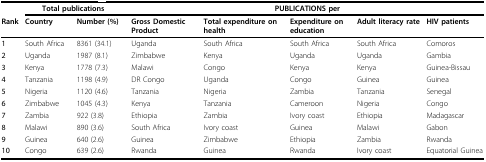
<table><thead><tr><td></td><td colspan="2"><b>Total publications</b></td><td colspan="5"><b>PUBLICATIONS per</b></td></tr><tr><td><b>Rank</b></td><td><b>Country</b></td><td><b>Number (%)</b></td><td><b>Gross Domestic Product</b></td><td><b>Total expenditure on health</b></td><td><b>Expenditure on education</b></td><td><b>Adult literacy rate</b></td><td><b>HIV patients</b></td></tr></thead><tbody><tr><td><b>1</b></td><td>South Africa</td><td>8361 (34.1)</td><td>Uganda</td><td>South Africa</td><td>South Africa</td><td>South Africa</td><td>Comoros</td></tr><tr><td><b>2</b></td><td>Uganda</td><td>1987 (8.1)</td><td>Zimbabwe</td><td>Kenya</td><td>Uganda</td><td>Uganda</td><td>Gambia</td></tr><tr><td><b>3</b></td><td>Kenya</td><td>1778 (7.3)</td><td>Malawi</td><td>Congo</td><td>Kenya</td><td>Kenya</td><td>Guinea-Bissau</td></tr><tr><td><b>4</b></td><td>Tanzania</td><td>1198 (4.9)</td><td>DR Congo</td><td>Uganda</td><td>Congo</td><td>Guinea</td><td>Guinea</td></tr><tr><td><b>5</b></td><td>Nigeria</td><td>1120 (4.6)</td><td>Tanzania</td><td>Nigeria</td><td>Zambia</td><td>Tanzania</td><td>Senegal</td></tr><tr><td><b>6</b></td><td>Zimbabwe</td><td>1045 (4.3)</td><td>Kenya</td><td>Tanzania</td><td>Cameroon</td><td>Nigeria</td><td>Congo</td></tr><tr><td><b>7</b></td><td>Zambia</td><td>922 (3.8)</td><td>Ethiopia</td><td>Zambia</td><td>Ivory coast</td><td>Ethiopia</td><td>Madagascar</td></tr><tr><td><b>8</b></td><td>Malawi</td><td>890 (3.6)</td><td>South Africa</td><td>Ivory coast</td><td>Guinea</td><td>Malawi</td><td>Gabon</td></tr><tr><td><b>9</b></td><td>Guinea</td><td>640 (2.6)</td><td>Guinea</td><td>Zimbabwe</td><td>Ethiopia</td><td>Zambia</td><td>Rwanda</td></tr><tr><td><b>10</b></td><td>Congo</td><td>639 (2.6)</td><td>Rwanda</td><td>Guinea</td><td>Rwanda</td><td>Ivory coast</td><td>Equatorial Guinea</td></tr></tbody></table>